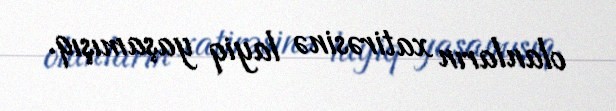
olanların xatirəsinə layiq yaşamışıq.